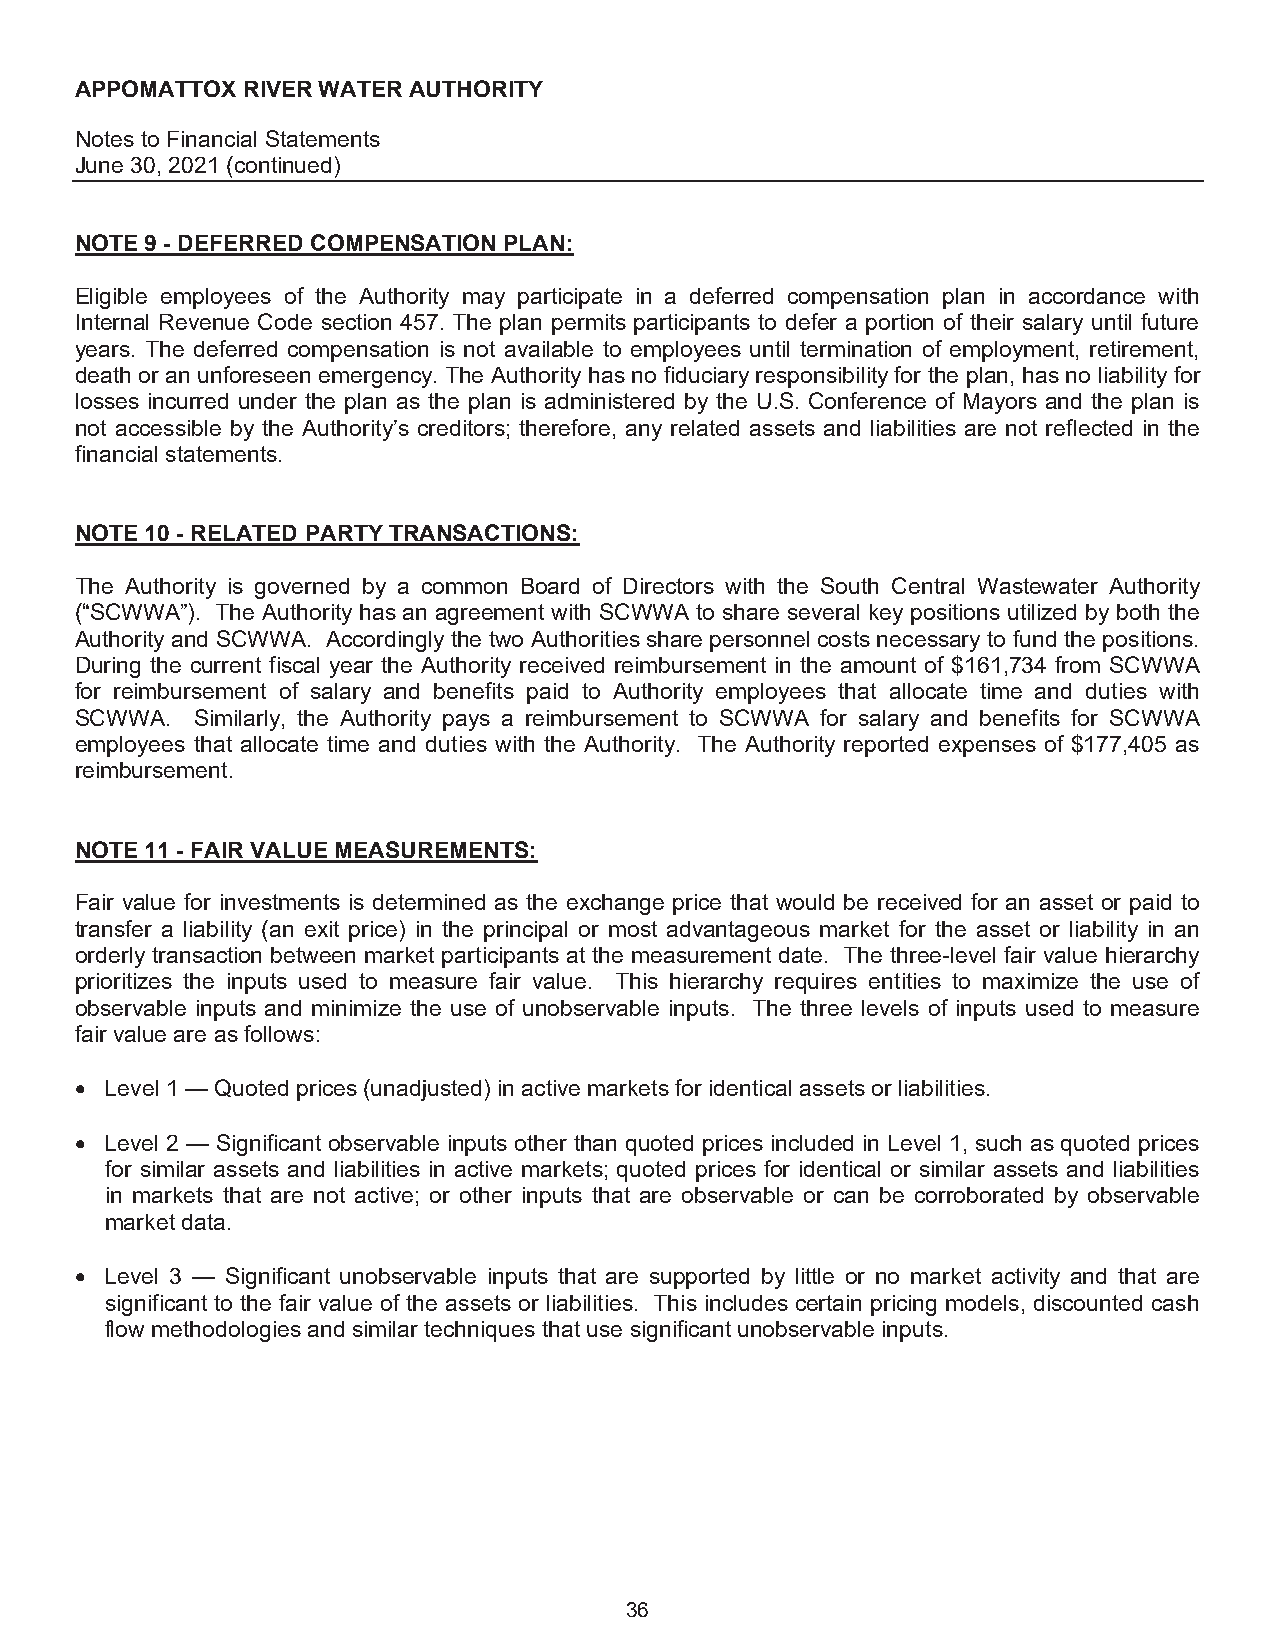
APPOMATTOX RIVER WATER AUTHORITY
 Notes to Financial Statements
 June 30, 2021 (continued)
 NOTE 9 - DEFERRED COMPENSATION PLAN:
 Eligible employees of the Authority may participate in a deferred compensation plan in accordance with
 Internal Revenue Code section 457. The plan permits participants to defer a portion of their salary until future
 years. The deferred compensation is not available to employees until termination of employment, retirement,
 death or an unforeseen emergency. The Authority has no fiduciary responsibility for the plan, has no liability for
 losses incurred under the plan as the plan is administered by the U.S. Conference of Mayors and the plan is
 not accessible by the Authority’s creditors; therefore, any related assets and liabilities are not reflected in the
 financial statements.
 NOTE 10 - RELATED PARTY TRANSACTIONS:
 The Authority is governed by a common Board of Directors with the South Central Wastewater Authority
 (“SCWWA”). The Authority has an agreement with SCWWA to share several key positions utilized by both the
 Authority and SCWWA. Accordingly the two Authorities share personnel costs necessary to fund the positions.
 During the current fiscal year the Authority received reimbursement in the amount of $161,734 from SCWWA
 for reimbursement of salary and benefits paid to Authority employees that allocate time and duties with
 SCWWA.  Similarly, the Authority pays a reimbursement to SCWWA for salary and benefits for SCWWA
 employees that allocate time and duties with the Authority. The Authority reported expenses of $177,405 as
 reimbursement.
 NOTE 11 - FAIR VALUE MEASUREMENTS:
 Fair value for investments is determined as the exchange price that would be received for an asset or paid to
 transfer a liability (an exit price) in the principal or most advantageous market for the asset or liability in an
 orderly transaction between market participants at the measurement date. The three-level fair value hierarchy
 prioritizes the inputs used to measure fair value. This hierarchy requires entities to maximize the use of
 observable inputs and minimize the use of unobservable inputs. The three levels of inputs used to measure
 fair value are as follows:
 • Level 1 — Quoted prices (unadjusted) in active markets for identical assets or liabilities.
 • Level 2 — Significant observable inputs other than quoted prices included in Level 1, such as quoted prices
 for similar assets and liabilities in active markets; quoted prices for identical or similar assets and liabilities
 in markets that are not active; or other inputs that are observable or can be corroborated by observable
 market data.
 • Level 3 — Significant unobservable inputs that are supported by little or no market activity and that are
 significant to the fair value of the assets or liabilities. This includes certain pricing models, discounted cash
 flow methodologies and similar techniques that use significant unobservable inputs.
 36